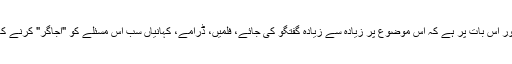
"می ٹو" تحریک کی طرح آج کل جنسی ہراسمنٹ کے خلاف مہم کا سارا زور اس بات پر ہے کہ اس موضوع پر زیادہ سے زیادہ گفتگو کی جائے، فلمیں، ڈرامے، کہانیاں سب اس مسئلے کو "اجاگر" کرنے کا کام کر رہی ہیں، لیکن یہ ساری تحریک غم و غصہ کے گرد گھومتی ہے۔